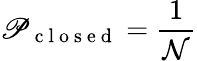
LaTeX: \mathscr{P}_{\mathrm{{~c~l~o~s~e~d~}}}=\frac{{1}}{{\mathcal{{N}}}}